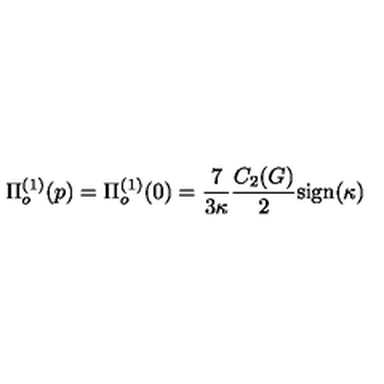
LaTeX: \Pi _ { o } ^ { ( 1 ) } ( p ) = \Pi _ { o } ^ { ( 1 ) } ( 0 ) = \frac { 7 } { 3 \kappa } \frac { C _ { 2 } ( G ) } { 2 } \mathrm { s i g n } ( \kappa )